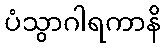
ပံသွာဂါရကာနိ